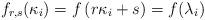
LaTeX: \begin{align*}f_{r,s}(\kappa_i) = f\left( r\kappa_i +s \right) = f(\lambda_i) \end{align*}